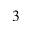
^ 3